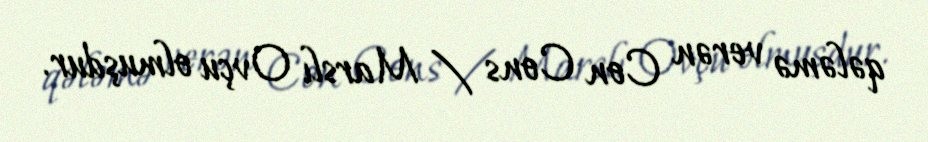
qələmə verən Con Cons / Marslı Ovçu olmuşdur.